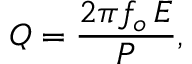
Q = { \frac { 2 \pi f _ { o } \, E } { P } } ,